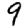
Digit: 9